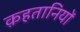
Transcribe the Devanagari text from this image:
क़हतानियों